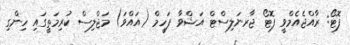
ފޮޓޯ: ރާއްޖެއެމްވީ ފޮޓޯ ޖާރނަލިސްޓް އަޝްވާ ފަހީމް (އައްވަ) މަޖްލިސް ކުރިމަތީގައި ހިންގި